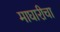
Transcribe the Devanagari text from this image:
माघारीचा